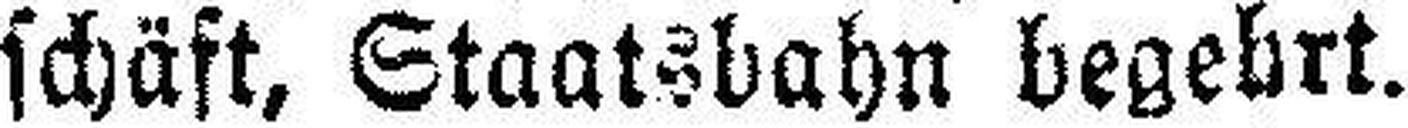
schäft, Staatsbahn begehrt.